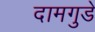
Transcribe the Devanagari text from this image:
दामगुडे